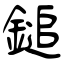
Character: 鎚